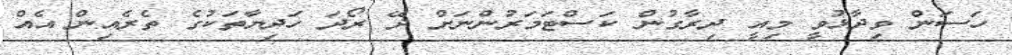
ހަސަން ވިދާޅުވީ މިއީ ދިރާގުން ކަސްޓަމަރުންނަށް ދޭ ރޯދަ ހަދިޔާތަކުގެ ތެރެއިން އެއް